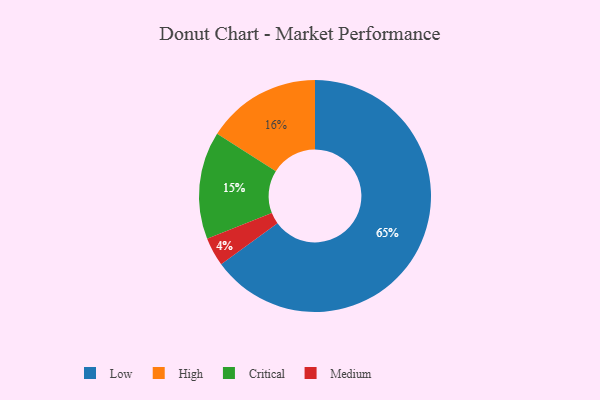
{"axis": {"x": "Category", "y": "Percentage"}, "legend": ["Critical", "High", "Low", "Medium"], "data": [{"x": "High", "y": 16, "type": "High"}, {"x": "Medium", "y": 4, "type": "Medium"}, {"x": "Low", "y": 65, "type": "Low"}, {"x": "Critical", "y": 15, "type": "Critical"}]}